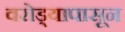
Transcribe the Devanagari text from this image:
वरोड्यापासून